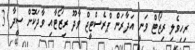
ރިހިވެލި ރިޒޯޓް ވަނީ އަދާރަން ޕްރެސްޓީޖް ވާދޫ ރިޒޯޓާއި ވާދަކޮށް ސީދާ 3